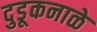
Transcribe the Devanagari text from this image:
दुडूकनाळे